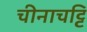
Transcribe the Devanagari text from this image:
चीनाचट्टि